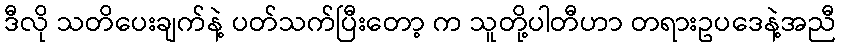
ဒီလို သတိပေးချက်နဲ့ ပတ်သက်ပြီးတော့ က သူတို့ပါတီဟာ တရားဥပဒေနဲ့အညီ